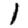
Digit: 1